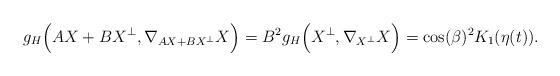
LaTeX: \begin{align*}g_H\Bigl(AX+BX^{\perp},\nabla_{AX+BX^\perp}X\Bigr)=B^2g_H\Bigl(X^{\perp},\nabla_{X^\perp}X\Bigr)=\cos(\beta)^2K_1(\eta(t)).\end{align*}